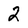
Character: 2